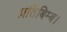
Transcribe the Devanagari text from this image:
प्रतिबिम्ब।